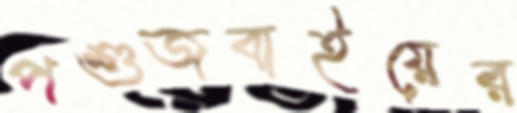
পশুজবাইয়ের